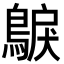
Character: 𮭂